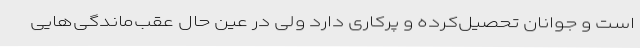
است و جوانان تحصیل‌کرده و پرکاری دارد ولی در عین حال عقب‌ماندگی‌هایی